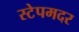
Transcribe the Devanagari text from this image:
स्टेपमदर